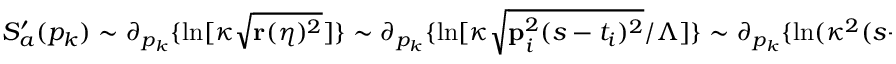
S _ { a } ^ { \prime } ( p _ { k } ) \sim \partial _ { p _ { k } } \{ \ln [ \kappa \sqrt { \mathbf { r } ( \eta ) ^ { 2 } } ] \} \sim \partial _ { p _ { k } } \{ \ln [ \kappa \sqrt { \mathbf { p } _ { i } ^ { 2 } ( s - t _ { i } ) ^ { 2 } } / \Lambda ] \} \sim \partial _ { p _ { k } } \{ \ln ( \kappa ^ { 2 } ( s - t _ { i } ) / \Lambda ) \} \sim \partial _ { p _ { k } } \{ \ln ( \Lambda ) \} \sim \partial _ { p _ { k } } \{ p _ { k } / c \} \sim 1 / c